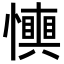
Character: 𢤋